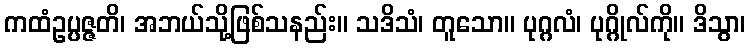
ကထံဥပ္ပဇ္ဇတိ၊ အဘယ်သို့ဖြစ်သနည်း။ သဒိသံ၊ တူသော။ ပုဂ္ဂလံ၊ ပုဂ္ဂိုလ်ကို။ ဒိသွာ၊